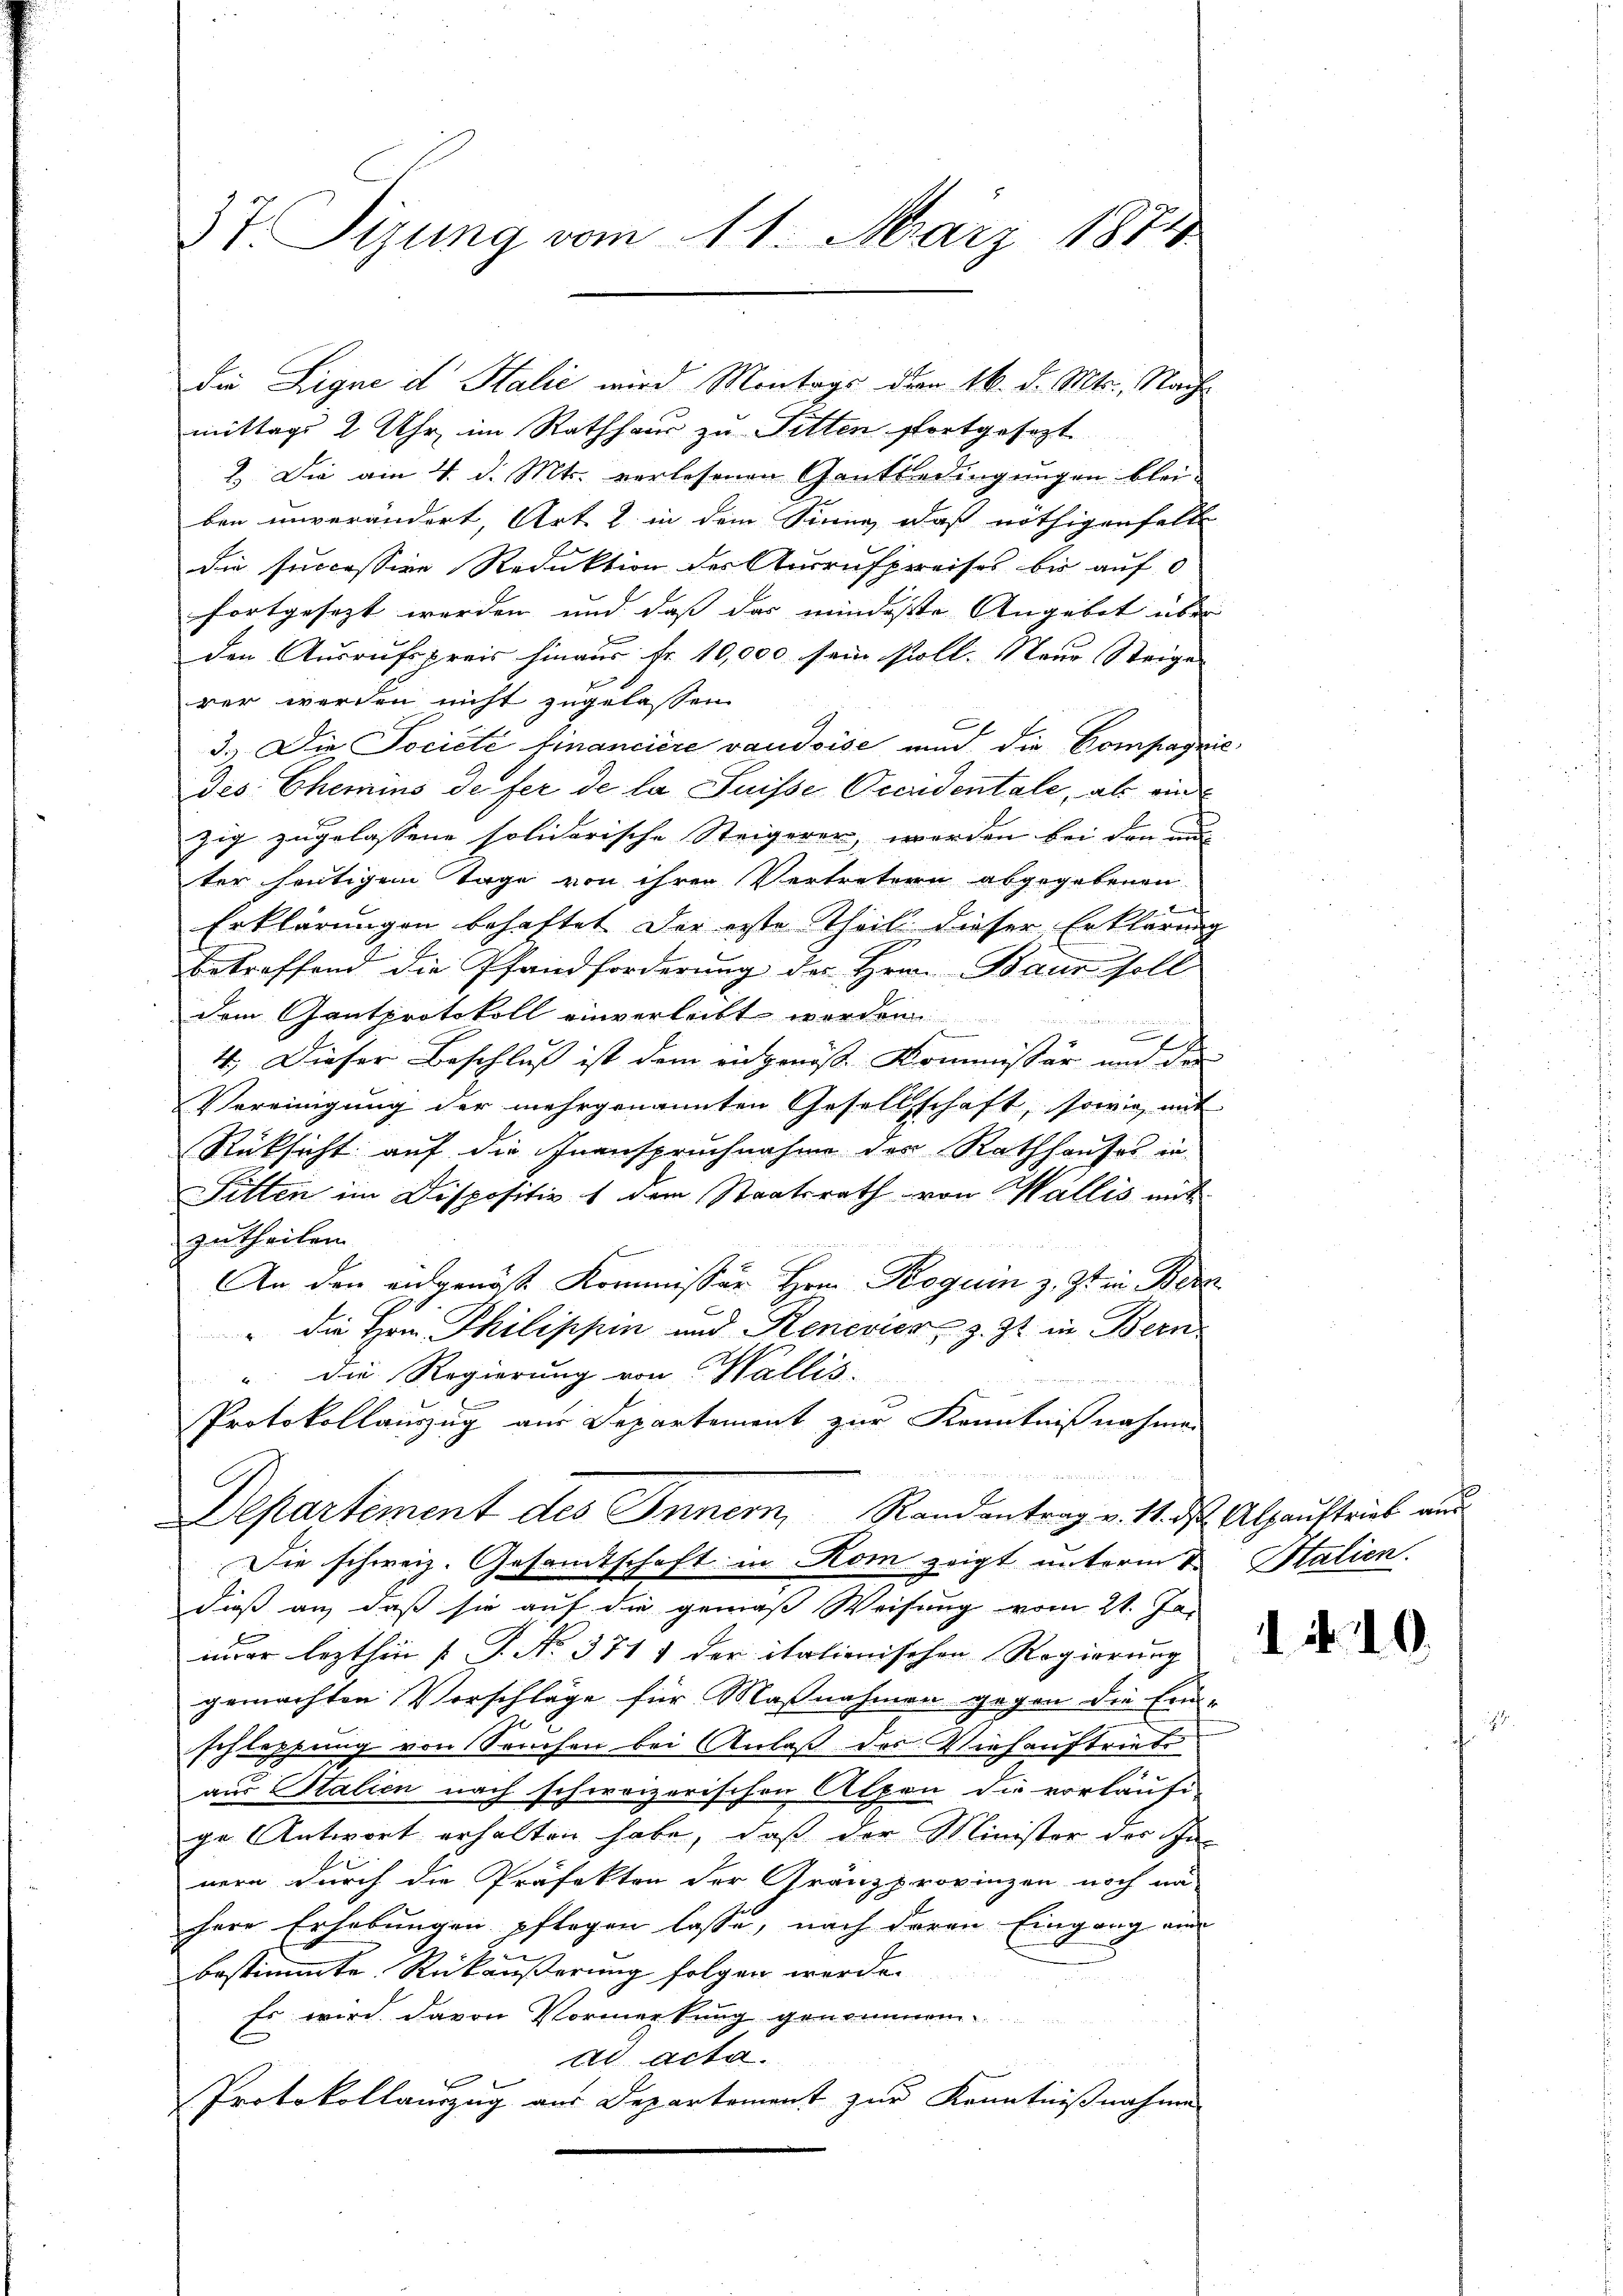
37. Sizung vom 11. März 1884

mittags 2 Uhr im Rathhaus zu Fitten fortgesezt
2. Die am 4. d. Mts. verlesenen Gantbedingungen bleiben unverändert, Art. 2. in dem Sinne, daß nöthigenfalle
die successive Reduktion des Ausrufpreises bis auf
fortgesezt werden und daß das mindeste Angebet über
den Ausrufspreis hinaus Fr. 10,000 sein soll. 1 teur Steige
rer werden nicht zugelassen
6
3.) Die Societe financiere vaudoise nun die Compagnie
Des: Chemins de fer de la Suisse Occidentale, als einzig zugelassene solidarische Steigerer, werden bei den un
ter heutigem Tage von ihren Vertretern abgegebenen
Erklärungen behaftet der erste Theil dieser Erklärung
e
betreffend die Pfandforderung des Hrn. Baur soll
dem Gantprotokoll einverleibt worden

4. Dieser Beschluß ist dem eidgenösse Kommissär und der
Vereinigung der mehrgenannten Gesellschaft, sowie mit
Rücksicht auf die Inanspruchnahme der Rathhauses in
Sitten im Dispositiv 1 dem Staatsrath von Wallis mit
zutheilen.
An den eidgenos Kommissär Hrn. Roguin z. Zt. in Bez
" die Hrn. Philippin und Renevier, z. Zt. in Bern
" die Regierung von Wallis.
Protokollauszug aus Departement zur Kenntnißnahmen
Departement des Inner, Randantrag v. 11. des Abhaustrieb aus
Die schweiz. Gesamtschaft in Rom zeigt unterm 2. Stalien.
dieß an, daß sie auf die gemäß Weisung vom 21. Ja-
x
mier lezthin [P. No. 371 1 der itationischen Regierung
gemachten Vorschläge für Maßnahmen gegen die Ein-
schlepfung von Seuchen bei Anlaß des Viehauftriebe
.
aus Stalien nach schweizerischen Alpen die vorläufi
ge Antwort erhalten habe, daß der Minister des Innern durch die Präfekton der Gränzprovinzen noch un
herr Erhebungen pflegen lasse, nach deren Eingang an
u
bestimmte Rückäußerung folgen werde.
Es wird davon Vormerkung genommen
ad acta.
f
Protokollauszug aus Departement zur Kenntnißnahme

Die Signe d Salić wird Montags derm 16. d. Mts., Nach¬

1 Nr. 10.